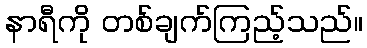
နာရီကို တစ်ချက်ကြည့်သည်။